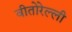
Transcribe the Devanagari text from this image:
वीतोरेल्ली